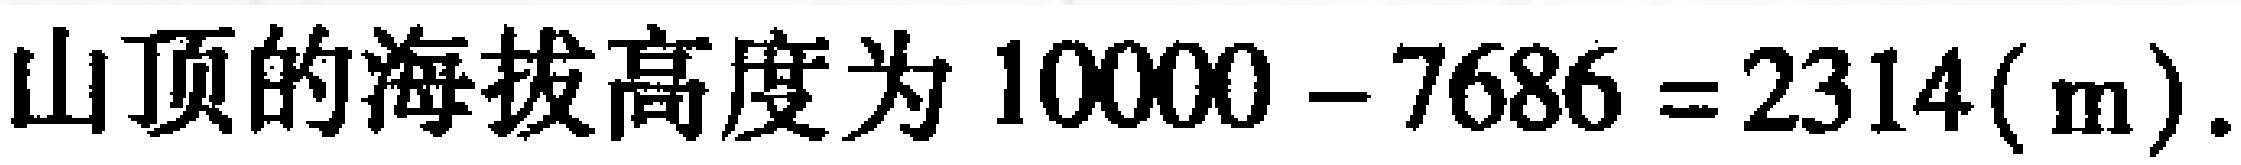
山顶的海拔高度为 \(10000 - 7686 = 2314(\mathrm{m})\).